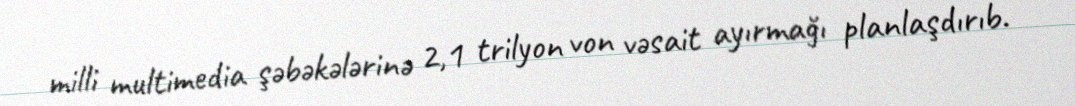
milli multimedia şəbəkələrinə 2,1 trilyon von vəsait ayırmağı planlaşdırıb.